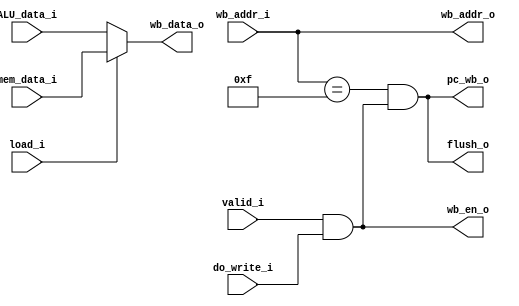
module write_back (
    input wire [31:0] mem_data_i
  , input wire [31:0] ALU_data_i
  , input wire load_i
  , input wire valid_i
  , input wire do_write_i
  , input wire [3:0] wb_addr_i
  , output wire wb_en_o
  , output wire [31:0] wb_data_o
  , output wire [3:0] wb_addr_o
  , output wire pc_wb_o
  , output wire flush_o
);
  assign wb_addr_o = wb_addr_i;
  assign wb_en_o = valid_i & do_write_i; ///check
  assign wb_data_o = load_i ? mem_data_i : ALU_data_i;
  assign pc_wb_o = wb_addr_i == 4'b1111 && wb_en_o;
  assign flush_o = pc_wb_o;
endmodule